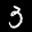
Label: 3